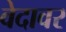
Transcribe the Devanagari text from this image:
वेदावर